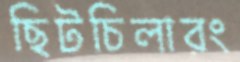
ছিটচিলারং